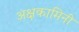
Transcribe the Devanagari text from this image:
अक्षकामिनी